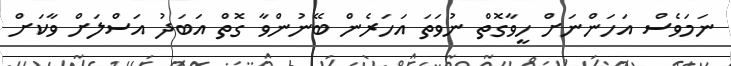
ނަމަވެސް އަހަންނަށް ހީވާގޮތް ނުވަތަ އަހަރެން ބޭނުންވާ ގޮތް އަބަދު އަސްލަށް ވާކަށް